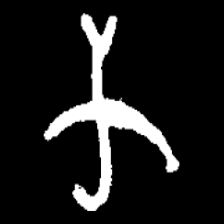
Pyu character \u2014 Myanmar letter: က (romanized: ka)